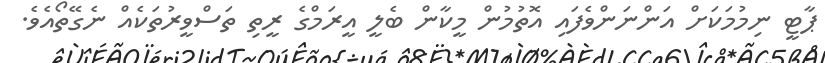
ޕާޓީ ނިމުމަކަށް އަންނަންވެފައި އޮތުމުން މީކާން ބެލީ އީރަމްގެ ރީތި ތަސްވީރުތަކެއް ނެގޭތޯއެވެ.